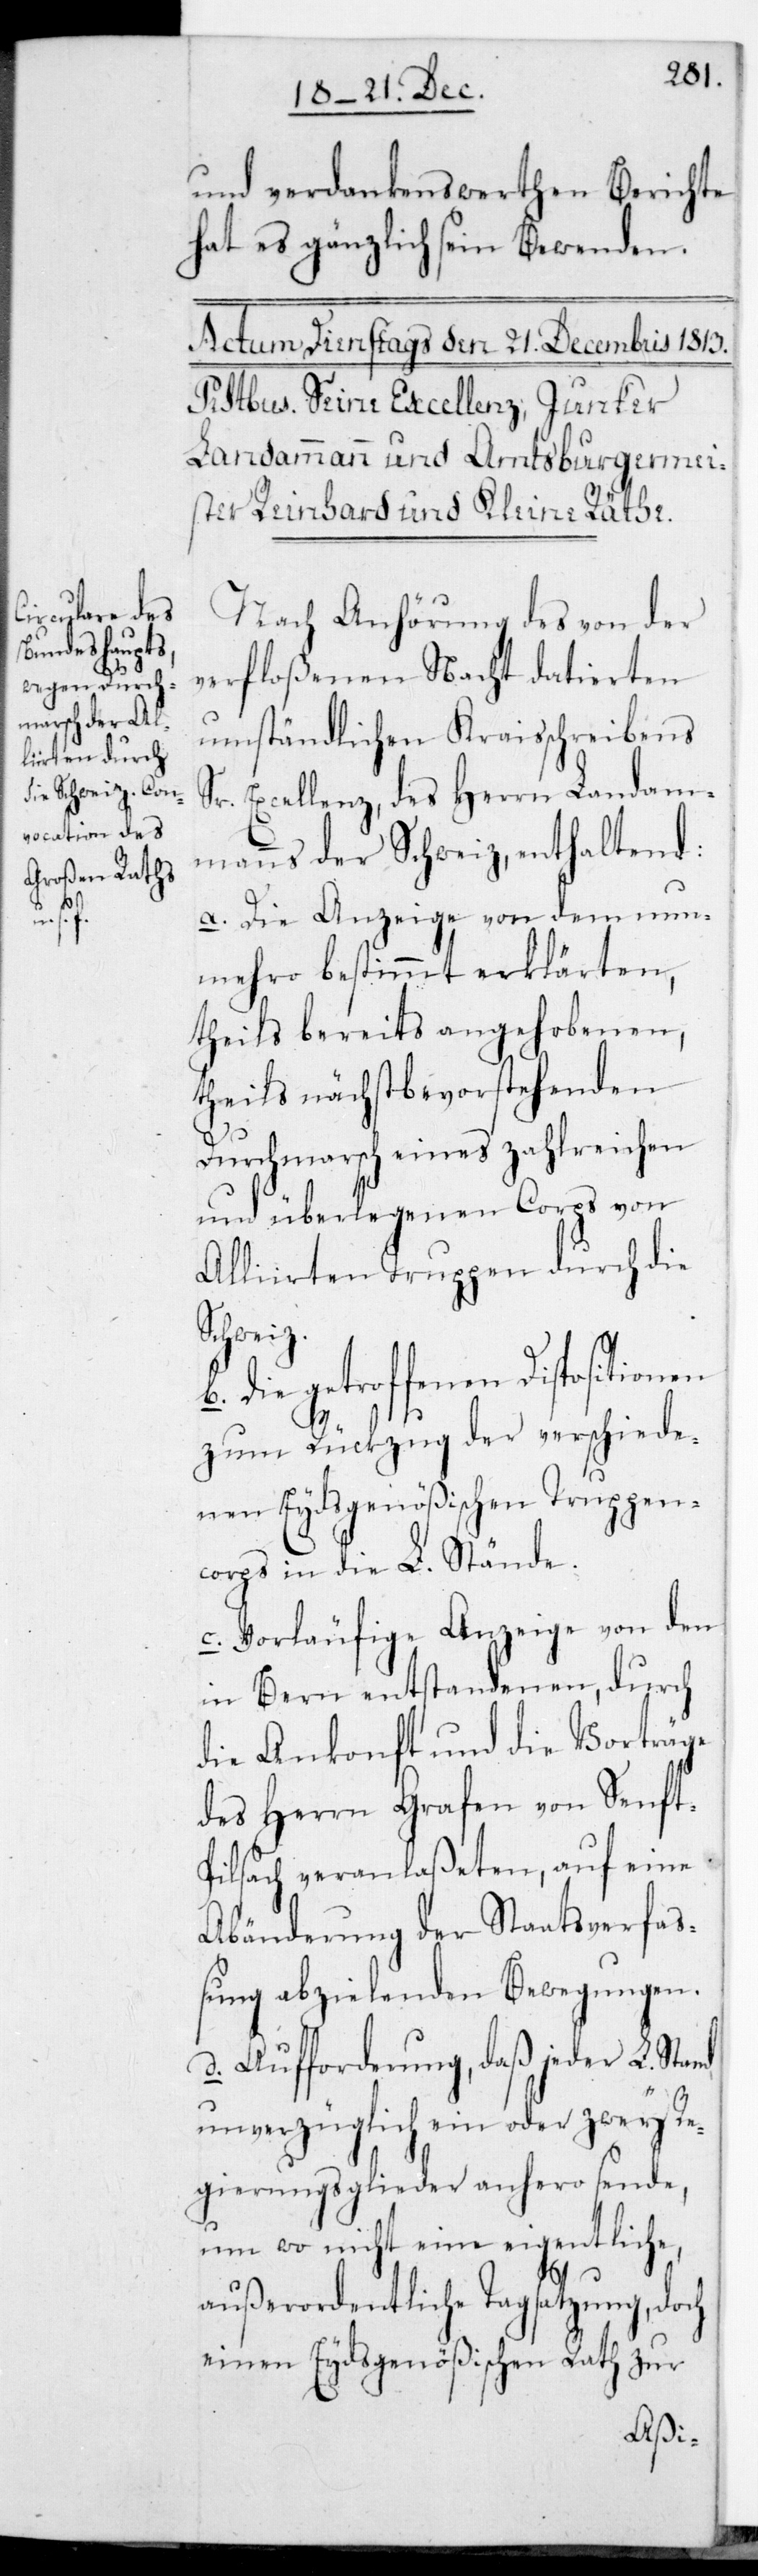
en

und verdankenswerten Berichte
es sein gänzliches Bewenden.
Nach Anhörung des von der
verfloßenen Nacht datierten
umständlichen Kraisschreibens
Sr. Excellenz des Herrn Landam¬
manns der Schweiz, enthaltend:
a. Die Anzeige von dem nun¬
mehro bestimmt erklärten,
theils bereits angehobenen,
theils nächst bevorstehenden
Durchmarsch eines zahlreichen
und überlegenen Corps von
Alliirten Truppen durch die
Schweiz.
Die getroffenen Disposition¬
zum Rückzug der verschiede¬
nen Eydsgenößischen Truppen¬
corps in die L. Stände.
c. Vorläufige Anzeige von den
in Bern entstandenen, durch
die Ankonft und die Vorträge
des Herrn Grafen von Senft-P¬
ilsach veranlaßeten, auf eine
Abänderung der Staatsverfaß¬
ung abzielenden Bewegungen.
d. Aufforderung, daß jeder L. Stand
unverzüglich ein oder zwey Re¬
gierungsglieder anhero sende,
um wo nicht eine eigentliche
außerordentliche Tagsatzung, doch
einen Eydsgenößischen Rath zur